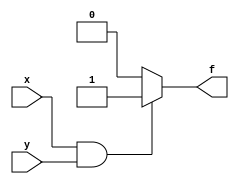
module and2_if (
	input x,
	input y,
	output f
);
	reg f;
	
always @(*) begin
	if(x == 1 && y ==1)
		f = 1;
	else
		f = 0;
end
endmodule